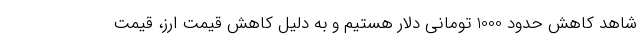
شاهد کاهش حدود 1000 تومانی دلار هستیم و به دلیل کاهش قیمت ارز، قیمت